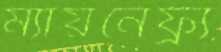
ম্যায়নেফ্র্য